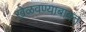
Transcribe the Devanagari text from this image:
खेळवण्याबाबत